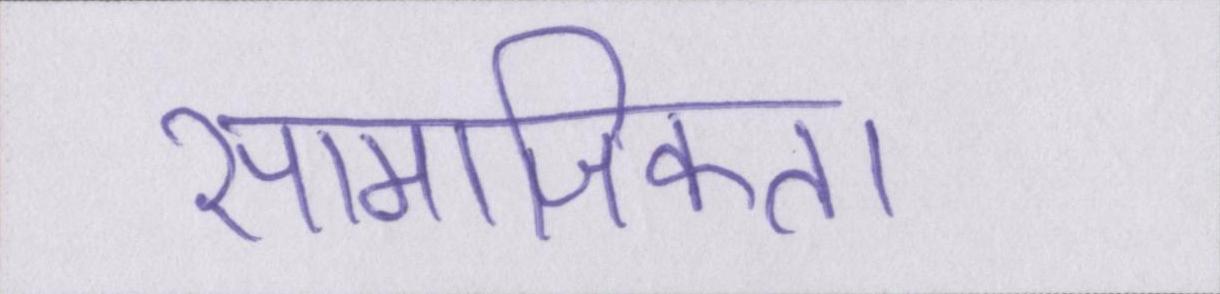
सामाजिकता